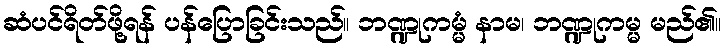
ဆံပင်ရိတ်ဖို့ရန် ပန်ပြောခြင်းသည်။ ဘဏ္ဍုကမ္မံ နာမ၊ ဘဏ္ဍုကမ္မ မည်၏။